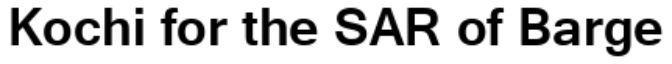
Kochi for the SAR of Barge